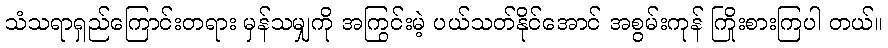
သံသရာရှည်ကြောင်းတရား မှန်သမျှကို အကြွင်းမဲ့ ပယ်သတ်နိုင်အောင် အစွမ်းကုန် ကြိုးစားကြပါ တယ်။